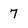
Character: 7